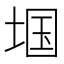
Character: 𱖺